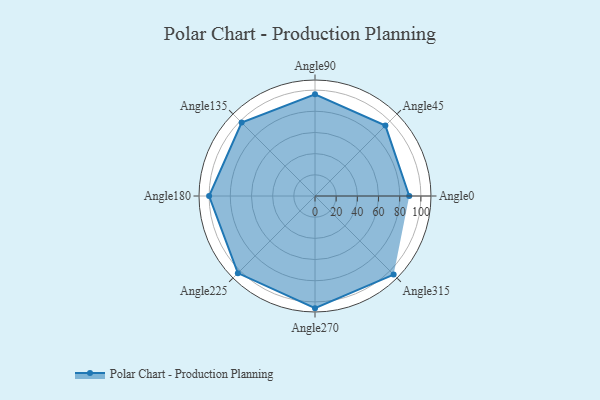
{"axis": {"x": "Angle", "y": "Radius"}, "legend": [""], "data": [{"x": "Angle0", "y": 89.0, "type": ""}, {"x": "Angle45", "y": 94.0, "type": ""}, {"x": "Angle90", "y": 96.0, "type": ""}, {"x": "Angle135", "y": 98.0, "type": ""}, {"x": "Angle180", "y": 100.0, "type": ""}, {"x": "Angle225", "y": 103.0, "type": ""}, {"x": "Angle270", "y": 106.0, "type": ""}, {"x": "Angle315", "y": 105.0, "type": ""}]}